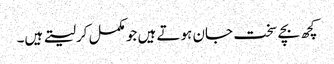
کچھ بچے سخت جان ہوتے ہیں جو مکمل کرلیتے ہیں۔